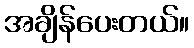
အချိန်ပေးတယ်။